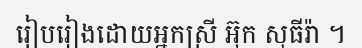
រៀបរៀងដោយអ្នកស្រី អ៊ុក សុធីរ៉ា ។